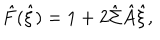
\hat { F } ( \hat { \xi } ) = 1 + 2 \hat { \Sigma } \hat { A } \hat { \xi } ,